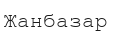
Жанбазар